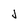
Character: j